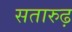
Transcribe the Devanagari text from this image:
सतारुढ़